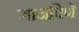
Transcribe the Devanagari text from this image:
गाजविणे